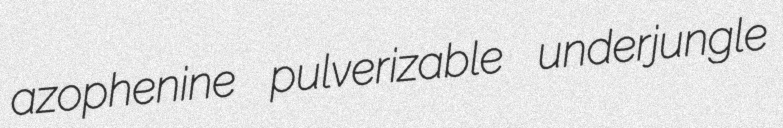
azophenine pulverizable underjungle